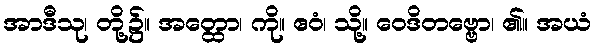
အာဒီသု၊ တို့၌။ အတ္ထော၊ ကို။ ဧဝံ၊ သို့။ ဝေဒိတဗ္ဗော၊ ၏။ အယံ